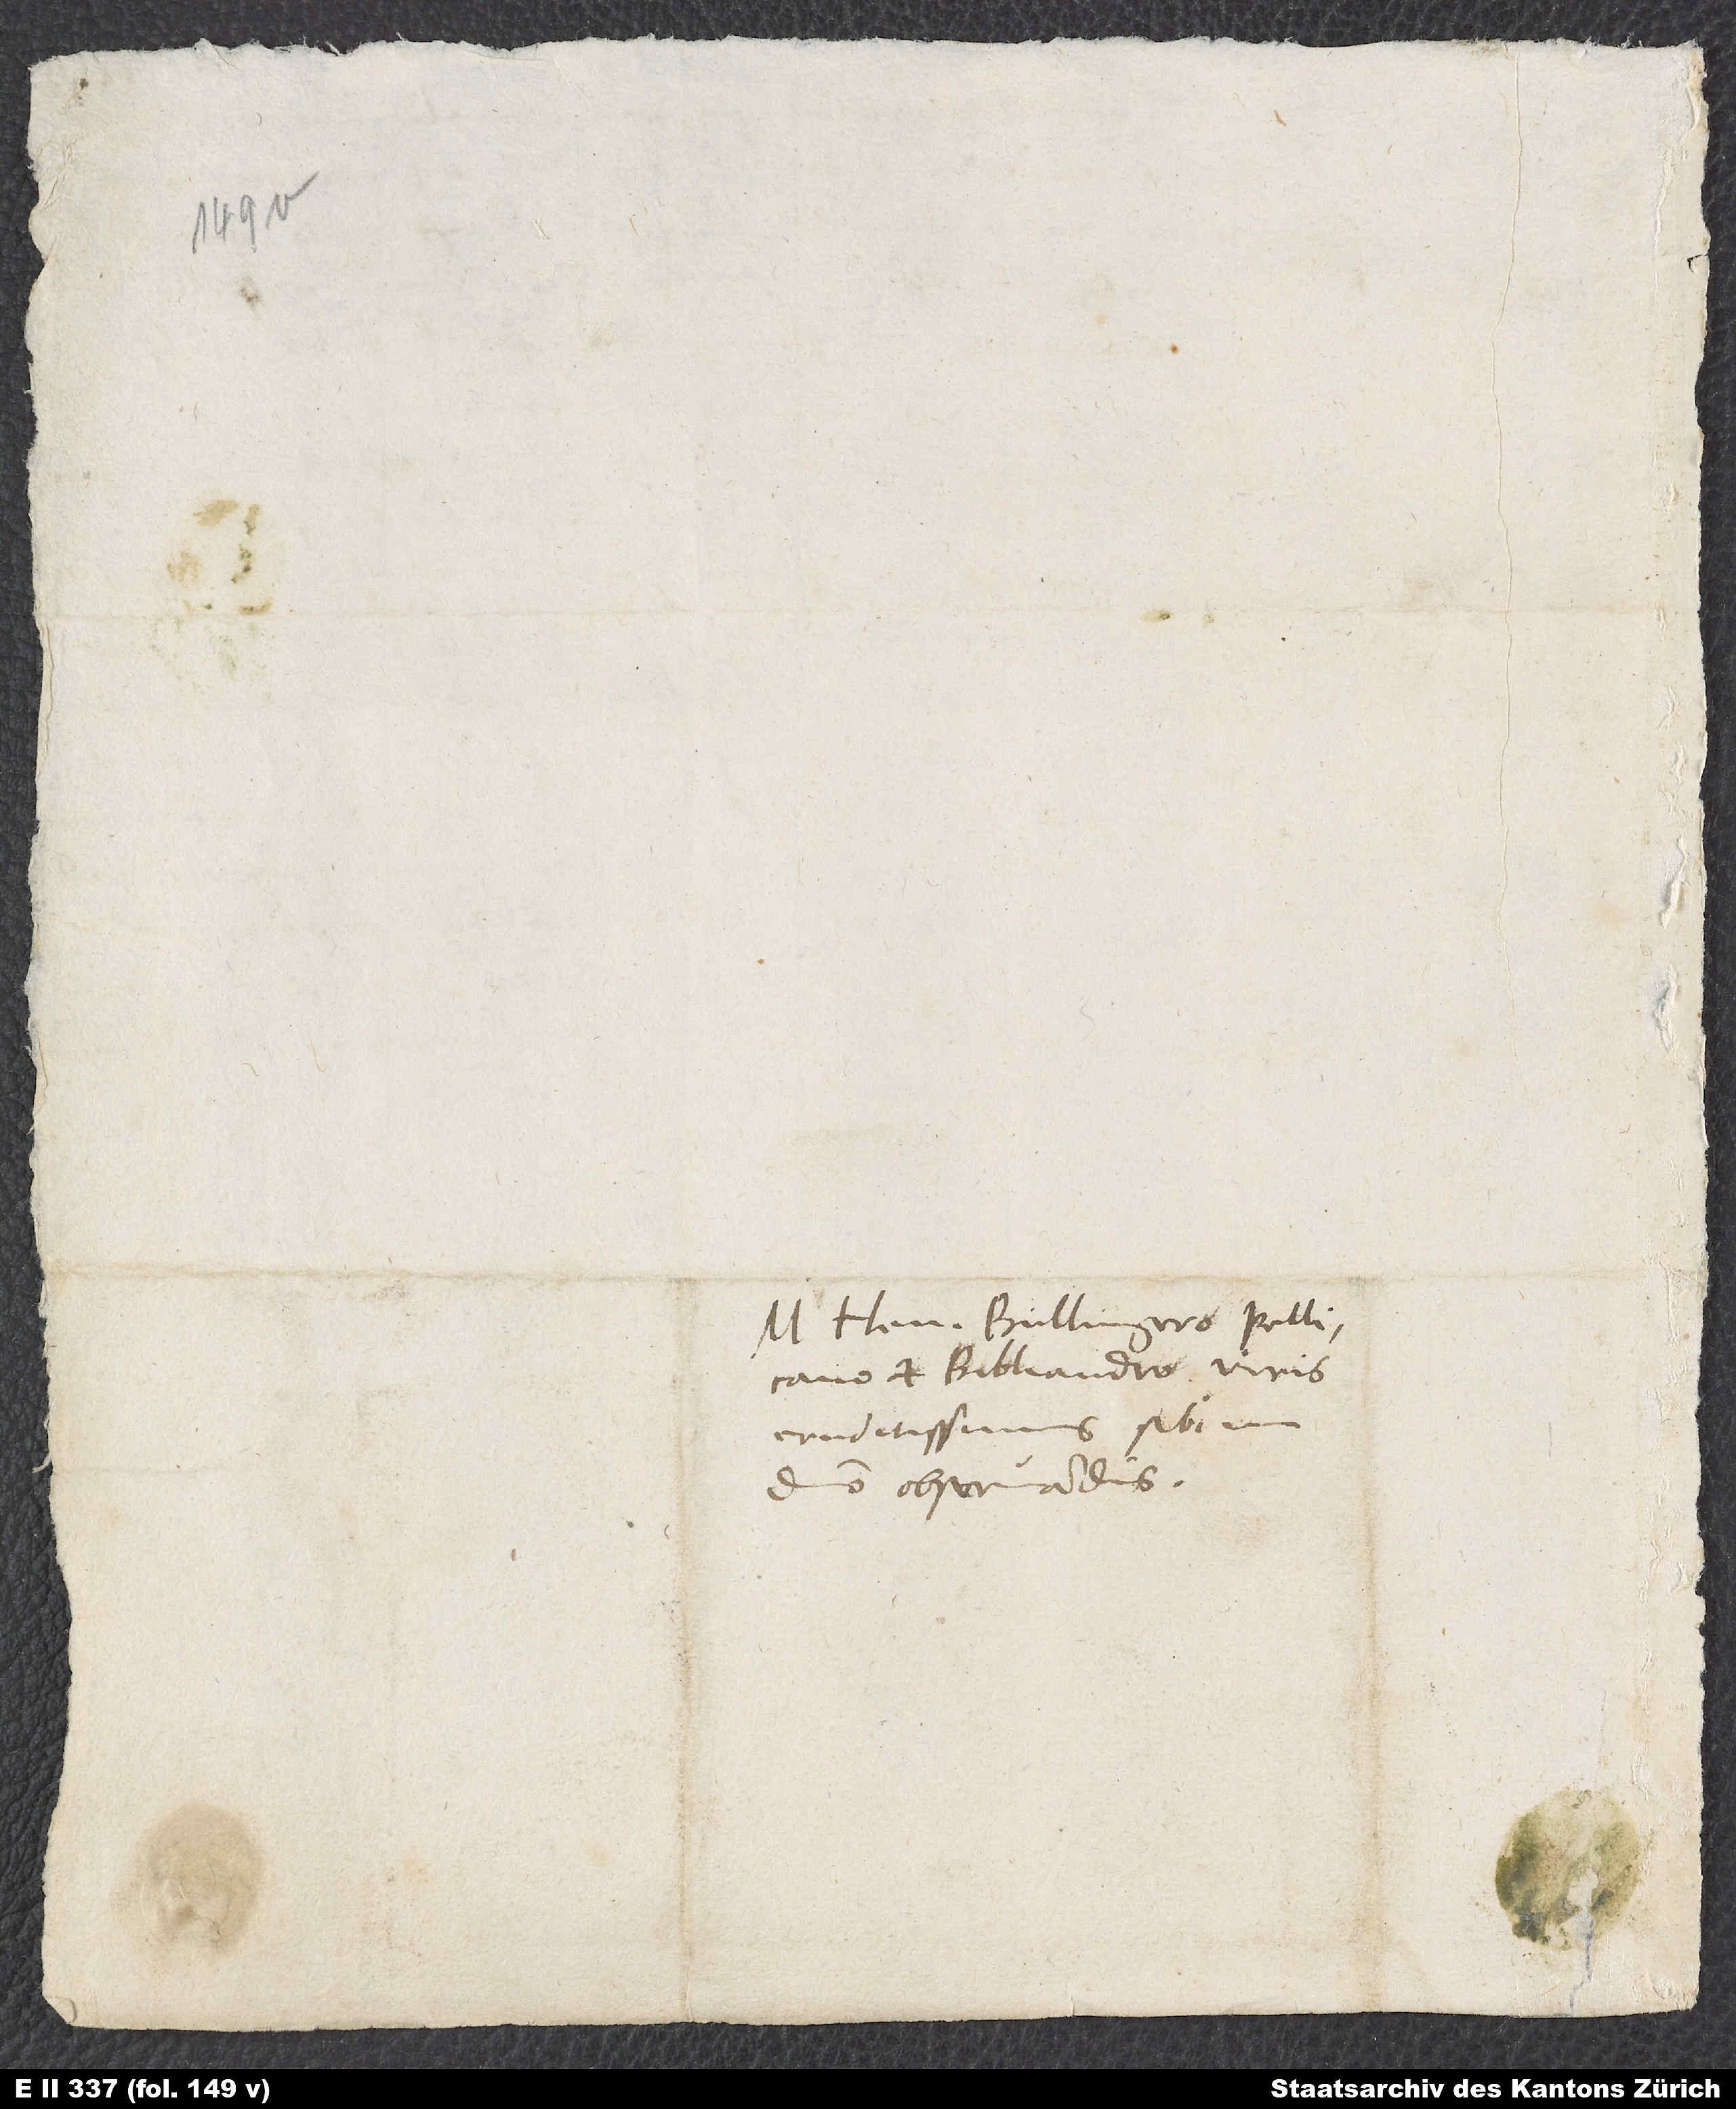
M. Henrico Bullingero, Pellicano
et Bibliandro, viris
eruditissimis, sibi in
domino observandis.